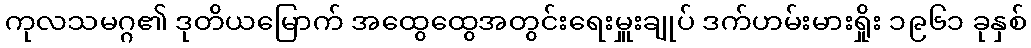
ကုလသမဂ္ဂ၏ ဒုတိယမြောက် အထွေထွေအတွင်းရေးမှူးချုပ် ဒက်ဟမ်းမားရှိုး ၁၉၆၁ ခုနှစ်